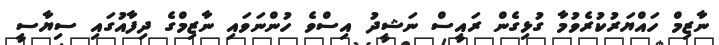
ނާޒިމް ހައްޔަރުކުރެވުމާ ގުޅިގެން ރައީސް ނަޝީދު އިސްވެ ހުންނަވައި ނާޒިމްގެ ދިފާއުގައި ސިޔާސީ